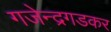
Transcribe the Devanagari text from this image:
गजेन्द्रगडकर